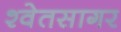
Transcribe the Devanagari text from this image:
श्वेतसागर